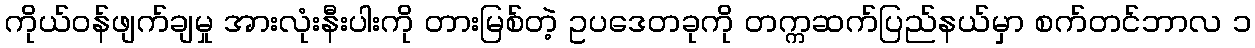
ကိုယ်ဝန်ဖျက်ချမှု အားလုံးနီးပါးကို တားမြစ်တဲ့ ဥပဒေတခုကို တက္ကဆက်ပြည်နယ်မှာ စက်တင်ဘာလ ၁